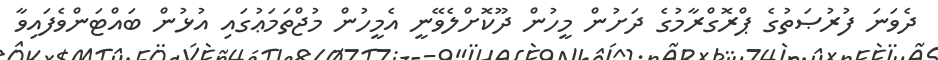
ދެވަނަ ފުރުޞަތުގެ ޕްރޮގްރާމުގެ ދަށުން މީހުން ދޫކޮށްލެވޭނީ އެމީހުން މުޖްތަމަޢުގައި އުޅުން ބައްޓަންވެފައިވާ